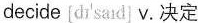
decide [dɪ'said] v.决定